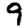
Digit: 9